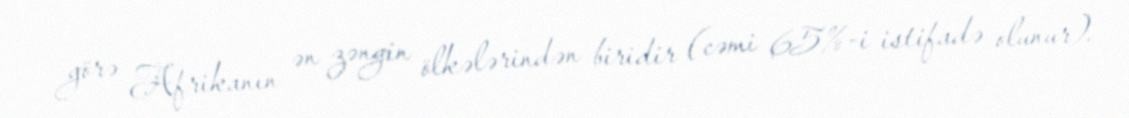
görə Afrikanın ən zəngin ölkələrindən biridir (cəmi 65%-i istifadə olunur).